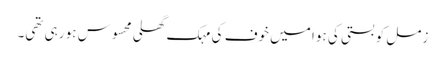
زمل کو بستی کی ہوا میں خوف کی مہک گھلی محسوس ہو رہی تھی۔